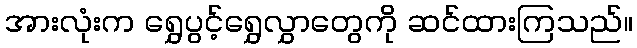
အားလုံးက ရွှေပွင့်ရွှေလွှာတွေကို ဆင်ထားကြသည်။